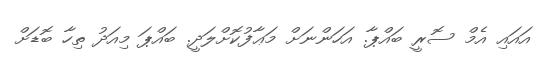
އައައި އެމް ސޮރީ ބައްޕާ. އަހަންނަށް މަޢާފުކޮށްލަދީ. ބައްޕަ މިއަދު ތިހާ ބޮޑަށް